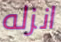
انزله